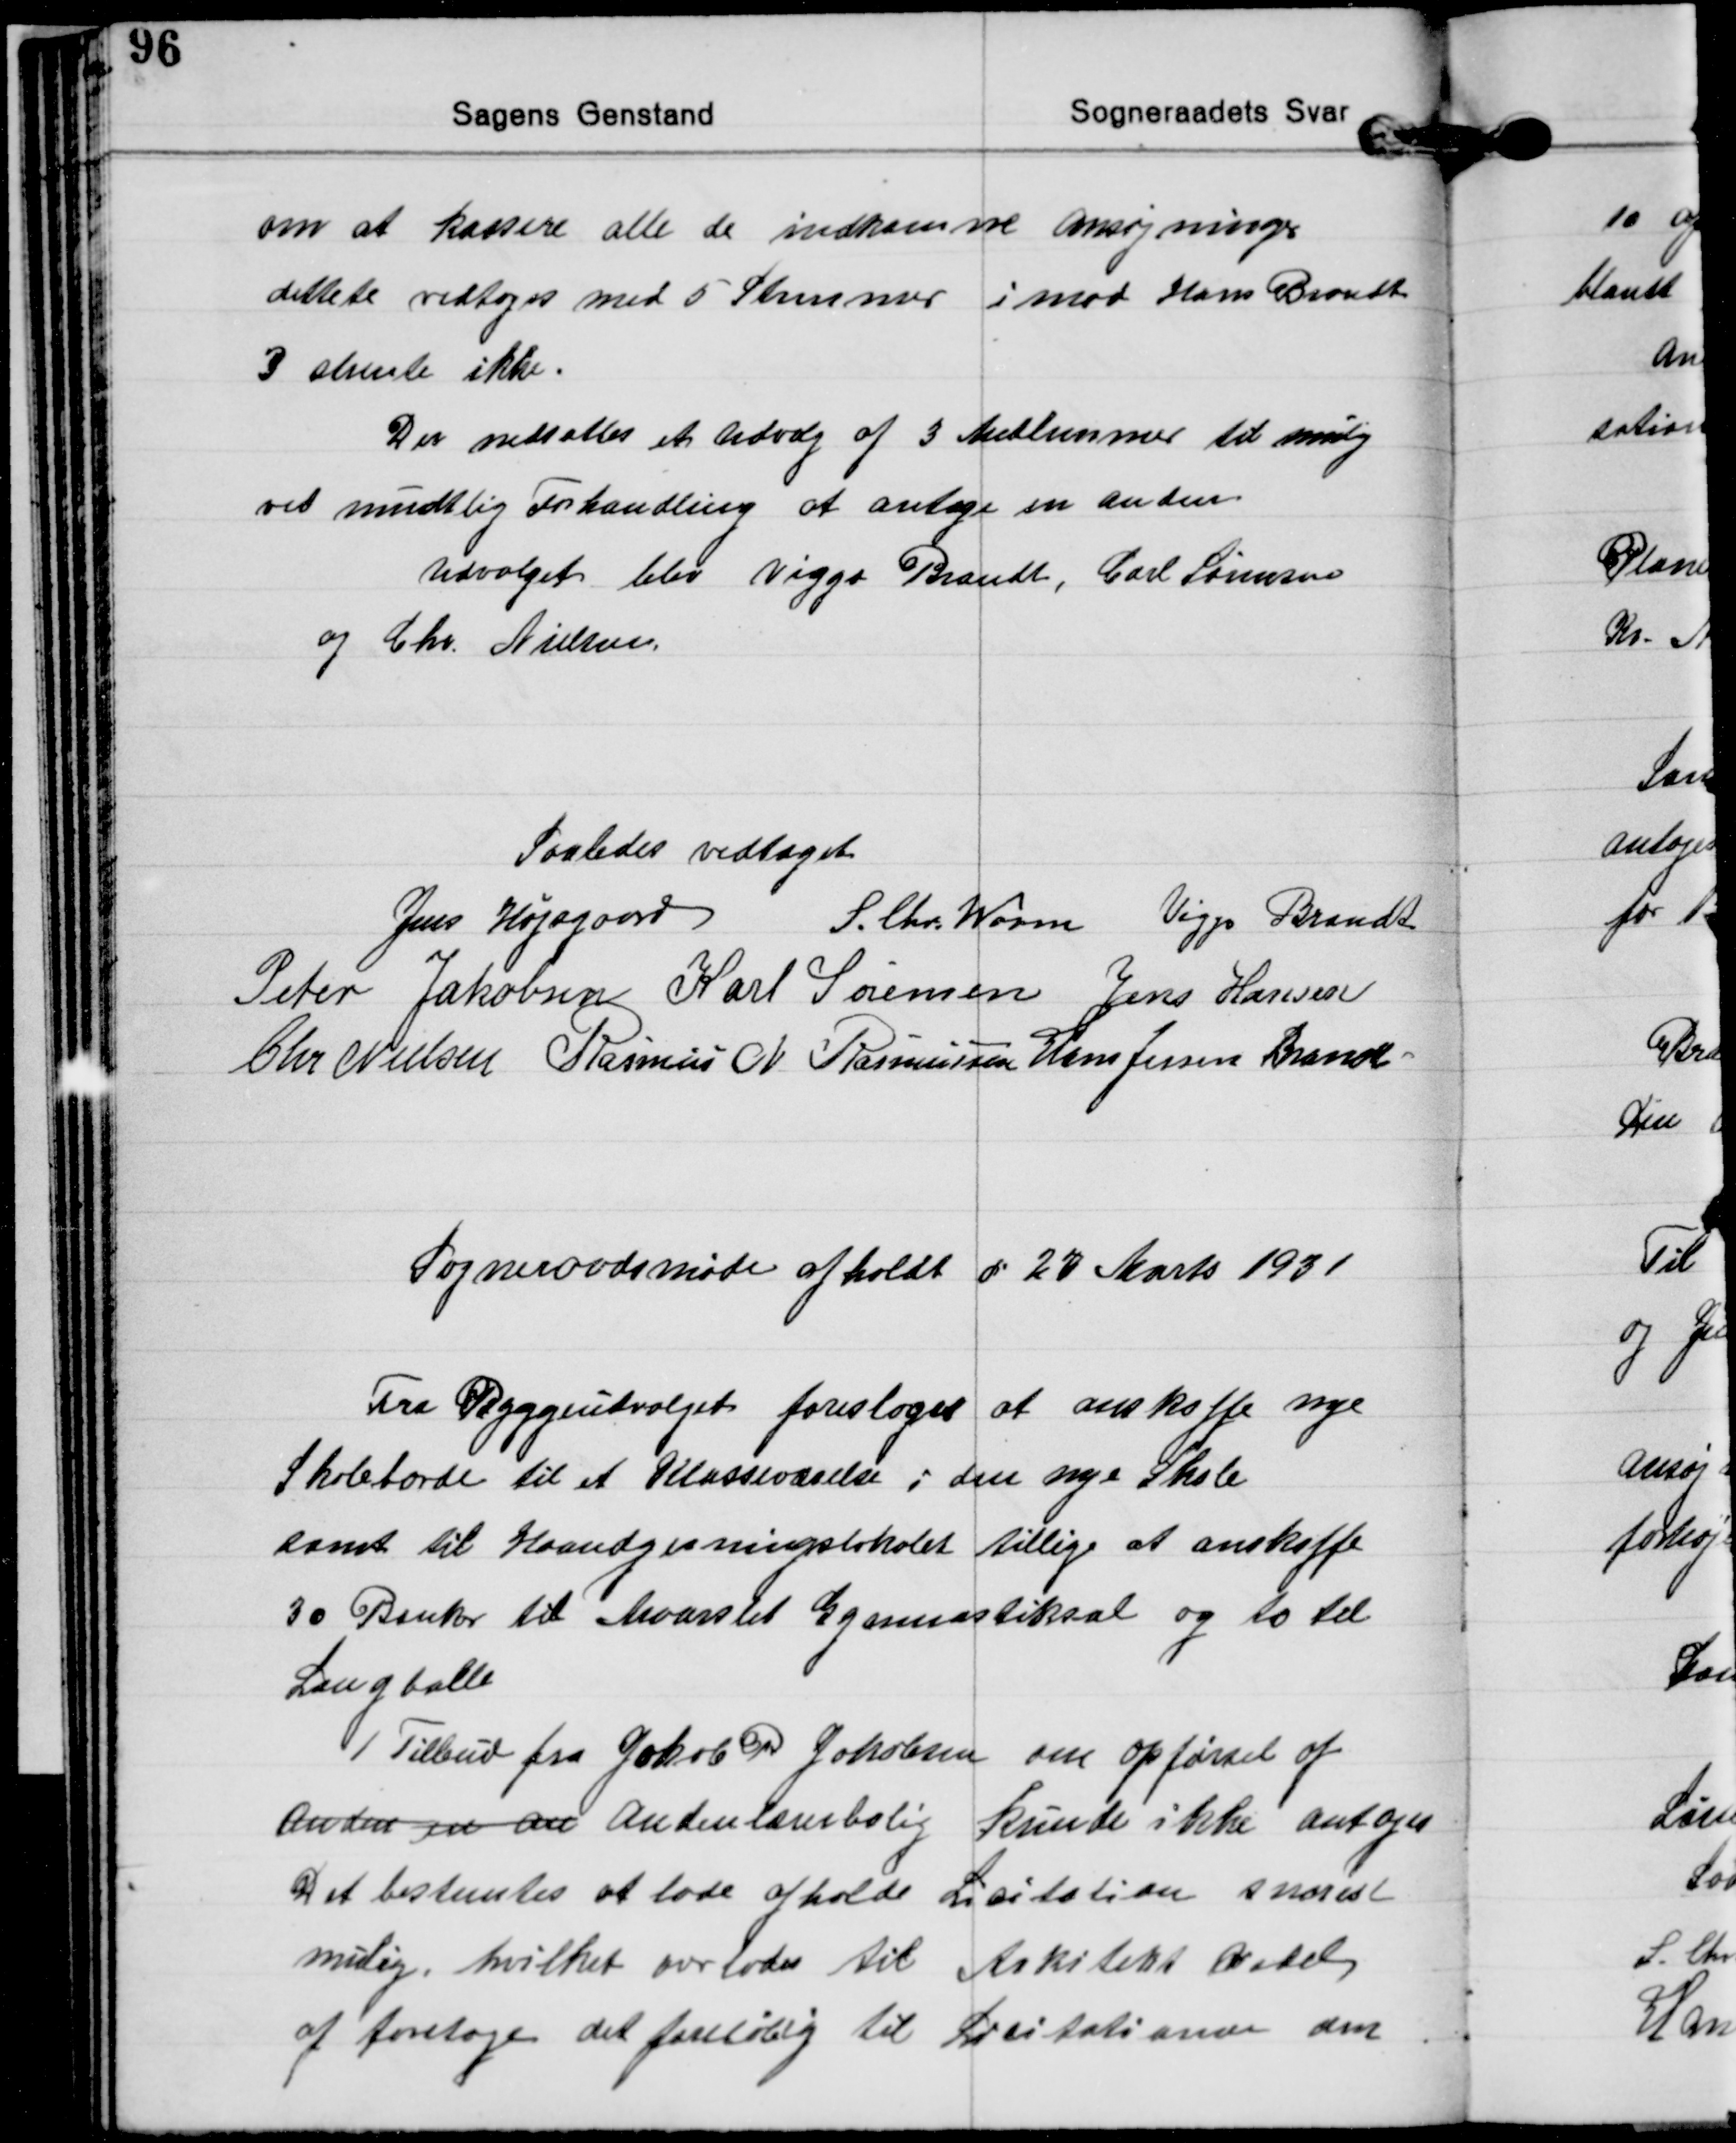
Transskription:
om at kassere alle de indkomne Ansøgninger
dettete vedtoges med 5 Stemmer imod Hans Brandt
3 stemte ikke.
Der nedsattes et Udvalg af 3 Medlemmer til mulig
ved mundtlig Forhandling af antage en anden
Udvalget blev Viggo Brandt, Carl Sørensen
og Chr. Nielsen.

Saaledes vedtaget
Jens Højsgaard S. Chr. Worm Viggo Brandt
Peter Jakobsen Karl Sørensen Jens Hansen
Chr. Nielsen Rasmus N. Rasmussen Hans Jessen Brandt

Sogneraadsmøde afholdt d 27 Marts 1931

Fra Byggeudvalget foresloges at anskaffe nye
Skoleborde til et Klasseværelse i den nye Skole
samt til Haandgerningslokalet tillige at anskaffe
3 o Bænke til Maarslet Gymnnastiksal og to til
Langballe
1 Tilbud fra Jakob P. Jakobsen om opførsel af
Anden en an Andenlærerbolig kunde ikke antages
Det bestemtes at lade afholde Licitation snarest
mulig, hvilket overlodes til Arkitekt Vedel
at foretage det foreløbig til Licitationer den